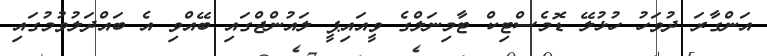
އަންގާރަ ދުވަހު ހުޅުލޭ ޑޮމެސްޓިކް ޓާމިނަލްގެ ވީއައިޕީ ލައުންޖްގައި ބޭއްވި އެ ބައްދަލުވުމުގައި